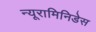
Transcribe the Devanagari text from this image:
न्यूरामिनिडेस